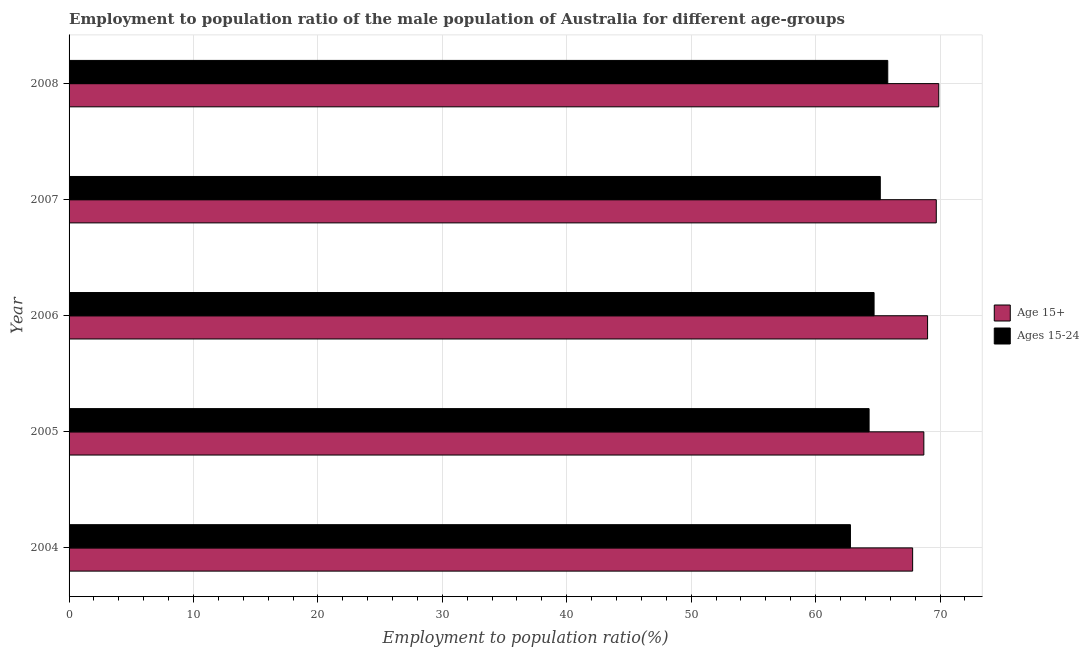
| Year | Age 15+ | Ages 15-24 |
 | --- | --- | --- |
 | 2004 | 67.8 | 62.8 |
 | 2005 | 68.7 | 64.3 |
 | 2006 | 69 | 64.7 |
 | 2007 | 69.7 | 65.2 |
 | 2008 | 69.9 | 65.8 |